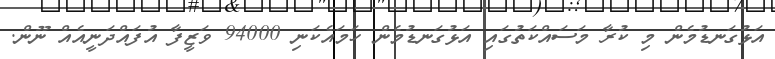
އަޅުގަނޑުމެން މި ކުރާ މަސައްކަތުގައި އަޅުގަނޑުމެން ހަމައެކަނި 94000 ވަޒީފާ އުފައްދަނީއެއް ނޫން.